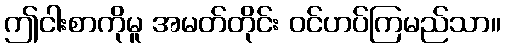
ဤငါးစာကိုမူ အမတ်တိုင်း ဝင်ဟပ်ကြမည်သာ။